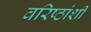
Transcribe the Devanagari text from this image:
वरिष्ठांशी